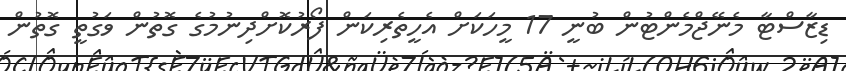
ޑިޒާސްޓާ މެނޭޖްމެންޓުން ބުނީ 17 މީހަކަށް އެހީތެރިކަން ފޯރުކޮށްދިނުމުގެ ގޮތުން ވަގުތީ ގޮތުން